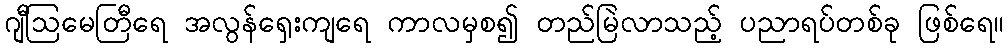
ဂျီဩမေတြီရေ အလွန်ရှေးကျရေ ကာလမှစ၍ တည်မြဲလာသည့် ပညာရပ်တစ်ခု ဖြစ်ရေ။